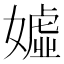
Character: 𱙧